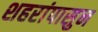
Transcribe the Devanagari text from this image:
शहरांपासुन